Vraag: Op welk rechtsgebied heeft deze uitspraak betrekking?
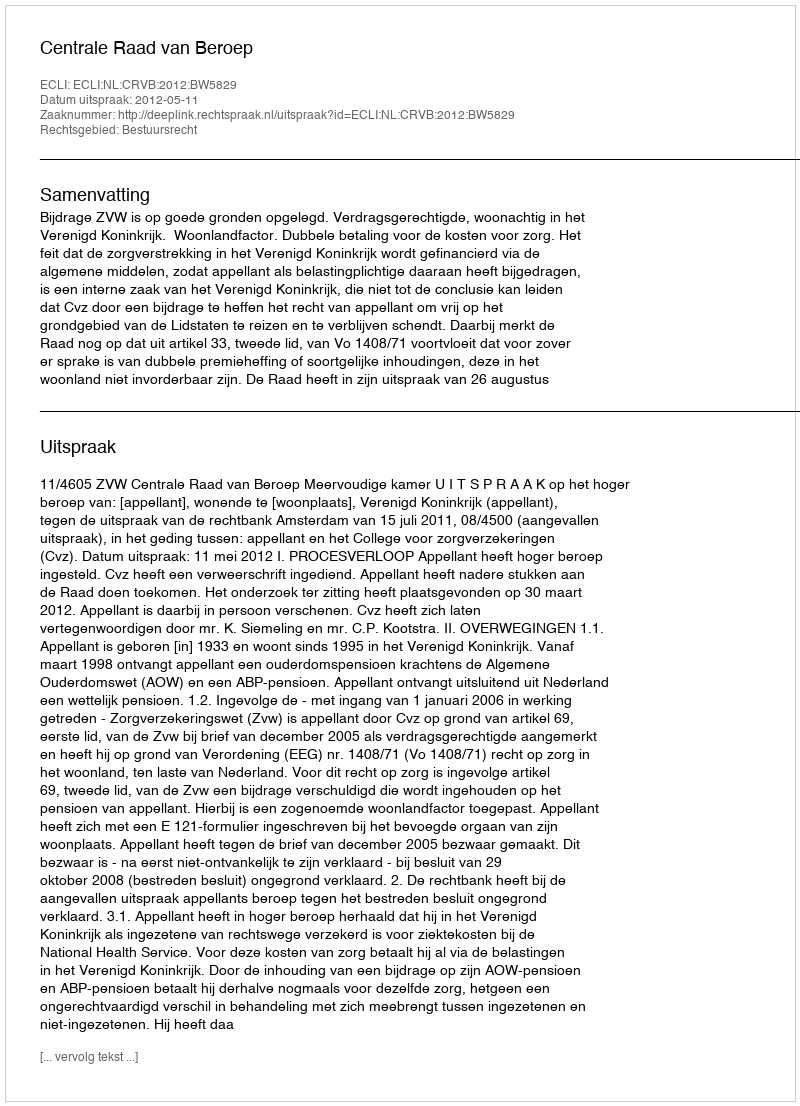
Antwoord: Bestuursrecht